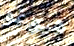
هيوغو